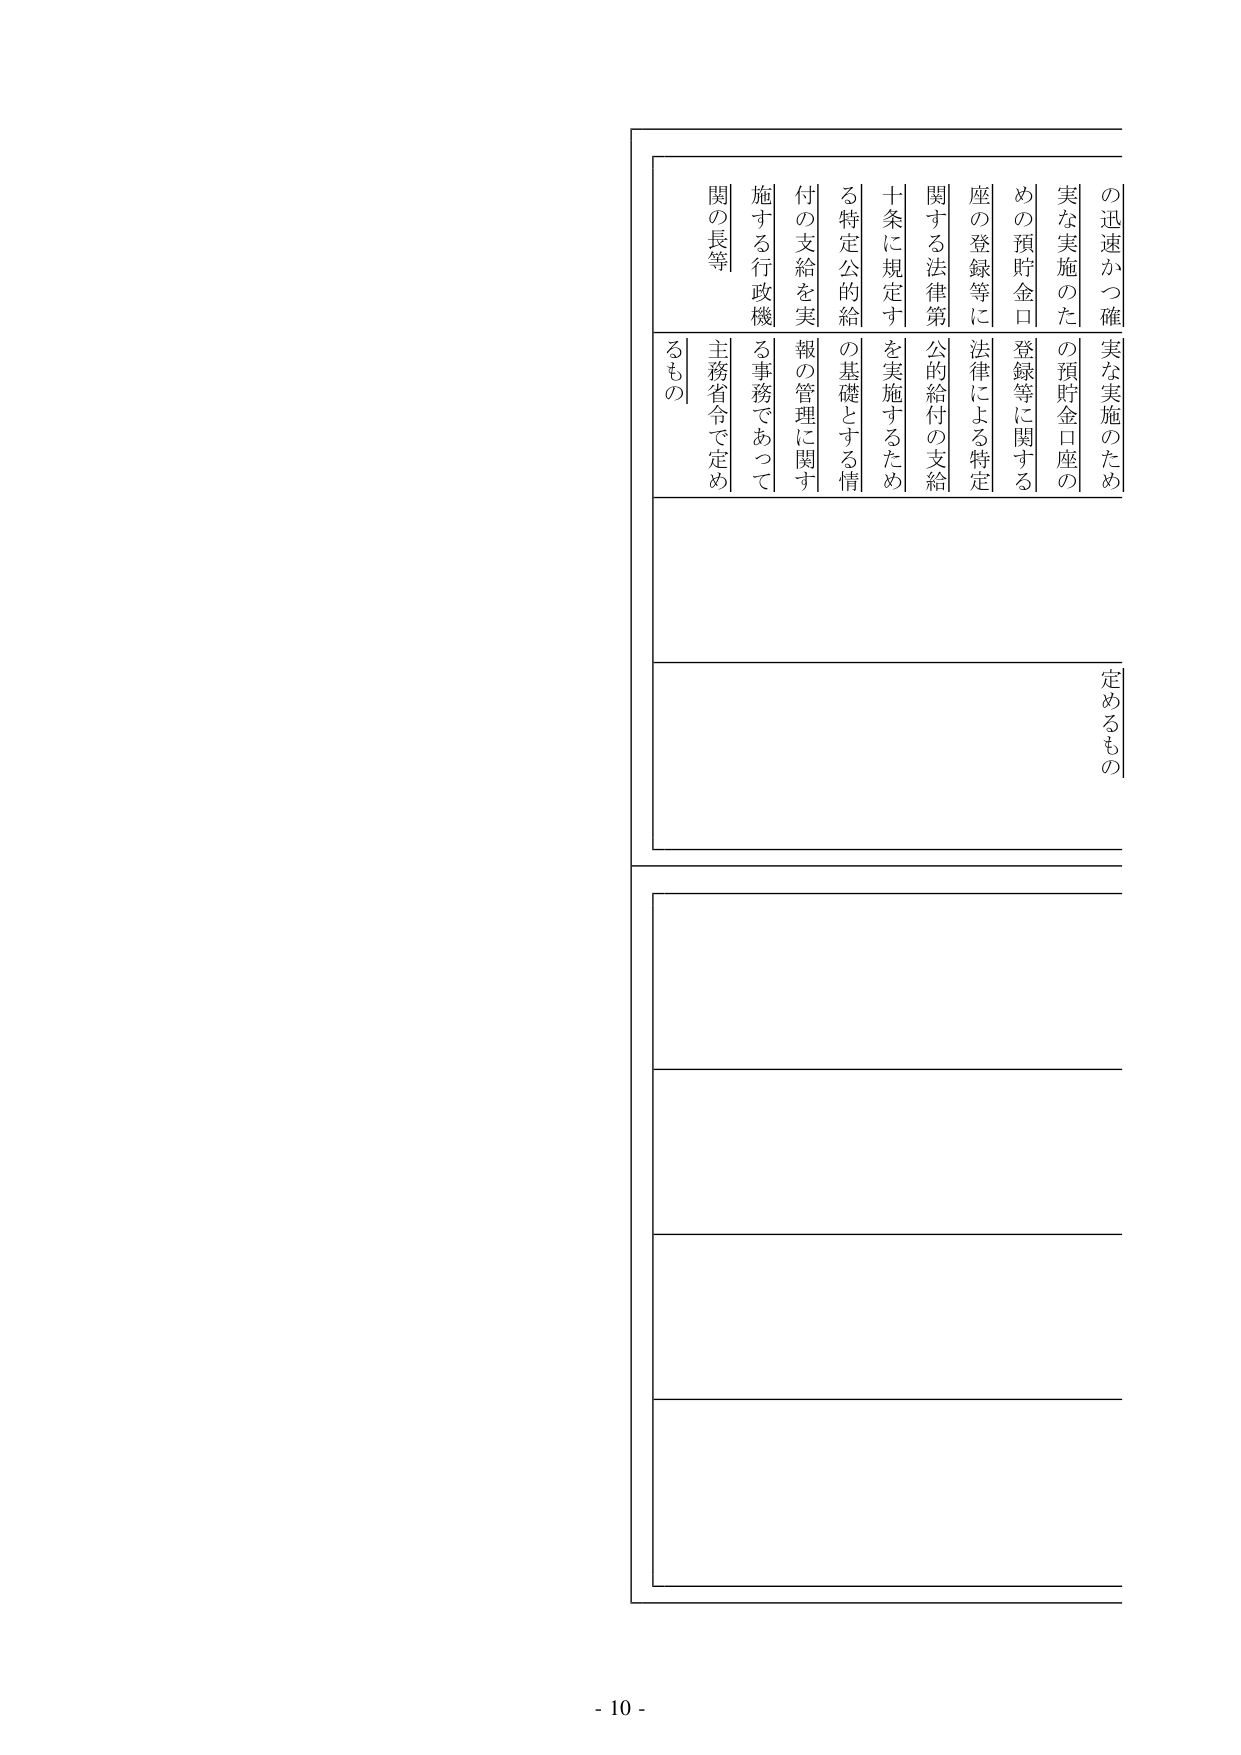
の迅速かつ確実な実施のため
実な実施のため
めの預貯金口座の登録等に関する
座の登録等に関する法律による特定
関する法律第十条に規定する特定公的給付の支給
を実施するため
の基礎とする情報の管理に関する
付の支給を実施する行政機関の長等
主務省令で定めるもの
定めるもの

- 10 -